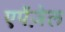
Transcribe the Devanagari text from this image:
एपेंज़ेल